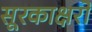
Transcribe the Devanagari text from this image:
सूरकाक्षरों